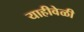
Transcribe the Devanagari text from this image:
याहीवेळी